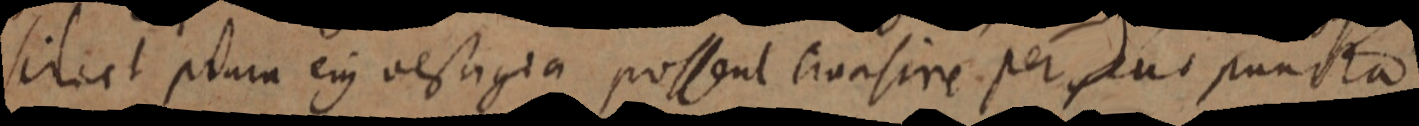
siliet plura ejus vestigia possent trasire per jus puncta